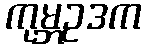
ကုမ္ဘဥဒက